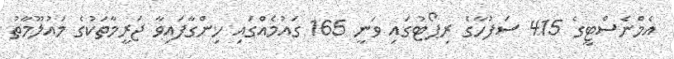
އެމްނެސްޓީގެ 415 ސަފުހާގެ ރިޕޯޓުގައި ވަނީ 165 ގައުމެއްގައި ހިންގާފައިވާ ޖަރީމާތަކުގެ މައުލޫމާތު